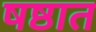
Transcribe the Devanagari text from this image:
षष्ठात